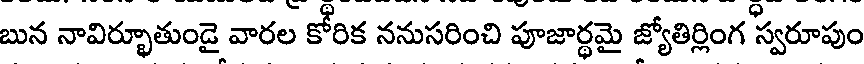
బున నావిర్భూతుండై వారల కోరిక ననుసరించి పూజార్థమై జ్యోతిర్లింగ స్వరూపుం